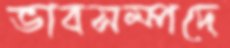
ভাবসম্পদে